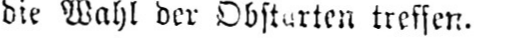
treffen.